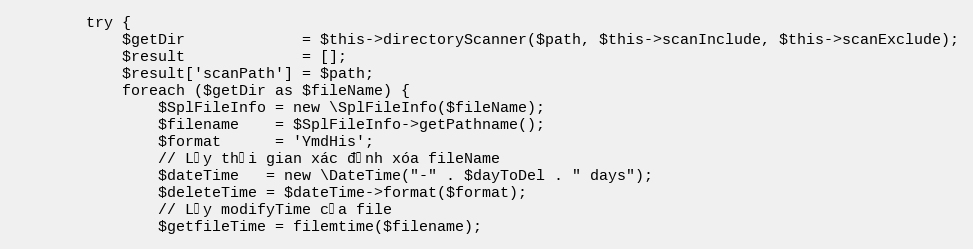
Language: PHP
        try {
            $getDir             = $this->directoryScanner($path, $this->scanInclude, $this->scanExclude);
            $result             = [];
            $result['scanPath'] = $path;
            foreach ($getDir as $fileName) {
                $SplFileInfo = new \SplFileInfo($fileName);
                $filename    = $SplFileInfo->getPathname();
                $format      = 'YmdHis';
                // Lấy thời gian xác định xóa fileName
                $dateTime   = new \DateTime("-" . $dayToDel . " days");
                $deleteTime = $dateTime->format($format);
                // Lấy modifyTime của file
                $getfileTime = filemtime($filename);